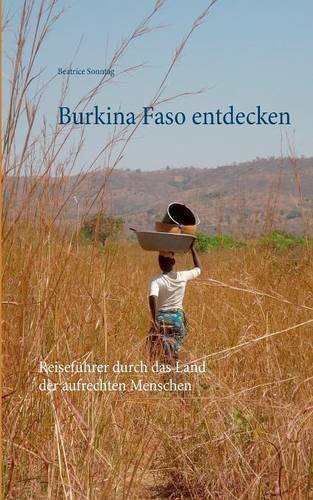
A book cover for Burkina Faso entdecken (German Edition); Beatrice Sonntag; Travel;